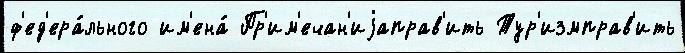
ф'ед'ера́льного им'ена́ Пр'им'ечан'иjаправ'ить Тур'измправ'ить